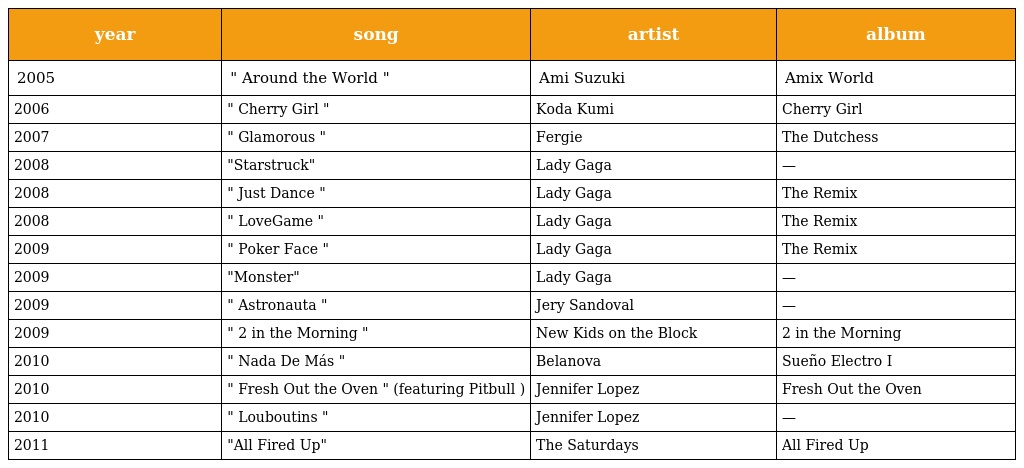
| year | song | artist | album |
 | --- | --- | --- | --- |
 | 2005 | " Around the World " | Ami Suzuki | Amix World |
 | 2006 | " Cherry Girl " | Koda Kumi | Cherry Girl |
 | 2007 | " Glamorous " | Fergie | The Dutchess |
 | 2008 | "Starstruck" | Lady Gaga | — |
 | 2008 | " Just Dance " | Lady Gaga | The Remix |
 | 2008 | " LoveGame " | Lady Gaga | The Remix |
 | 2009 | " Poker Face " | Lady Gaga | The Remix |
 | 2009 | "Monster" | Lady Gaga | — |
 | 2009 | " Astronauta " | Jery Sandoval | — |
 | 2009 | " 2 in the Morning " | New Kids on the Block | 2 in the Morning |
 | 2010 | " Nada De Más " | Belanova | Sueño Electro I |
 | 2010 | " Fresh Out the Oven " (featuring Pitbull ) | Jennifer Lopez | Fresh Out the Oven |
 | 2010 | " Louboutins " | Jennifer Lopez | — |
 | 2011 | "All Fired Up" | The Saturdays | All Fired Up |